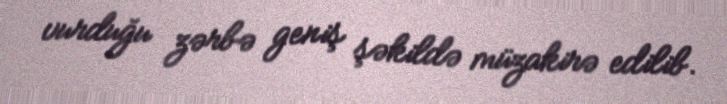
vurduğu zərbə geniş şəkildə müzakirə edilib.